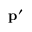
\mathbf { p } ^ { \prime }